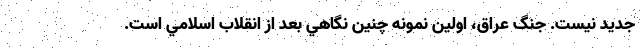
جديد نيست. جنگ عراق، اولين نمونه چنين نگاهي بعد از انقلاب اسلامي است.